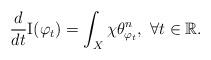
LaTeX: \begin{align*}\frac{d}{dt}{\rm I}(\varphi_t) = \int_X \chi \theta_{\varphi_t}^n, \ \forall t\in \mathbb{R}. \end{align*}